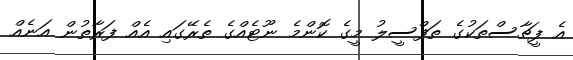
އެ ފީޗާސްތަކުގެ ތަފްސީލު މީގެ ކޮންމެ ނޫޓެއްގެ ތެރޭގައި އެއް ފަރާތުން އަނެއް